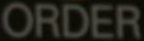
ORDER